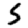
Digit: 5